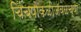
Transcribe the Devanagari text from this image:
चिंचपोकळीजवळच्या